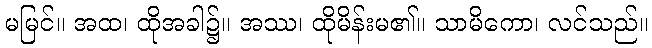
မမြင်။ အထ၊ ထိုအခါ၌။ အဿ၊ ထိုမိန်းမ၏။ သာမိကော၊ လင်သည်။